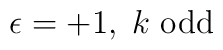
\epsilon = + 1, \; k \mbox{ odd}